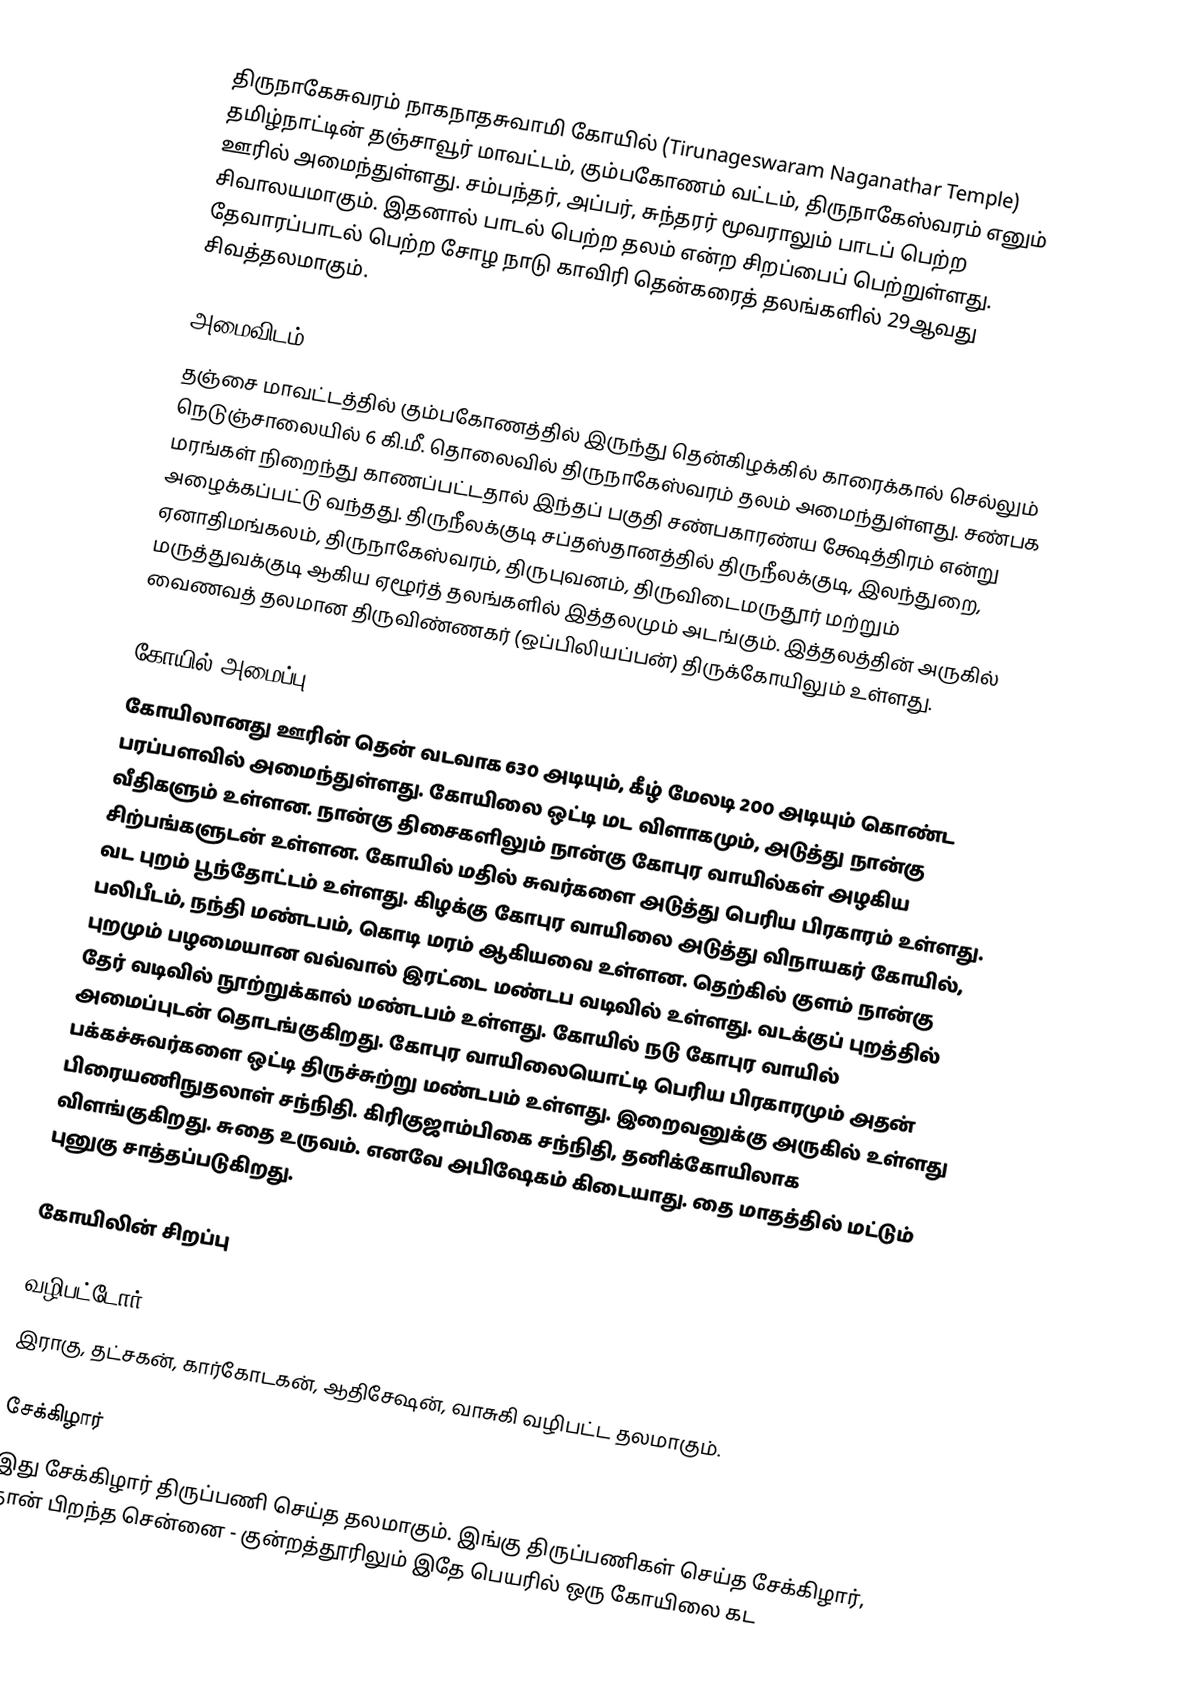
திருநாகேசுவரம் நாகநாதசுவாமி கோயில் (Tirunageswaram Naganathar Temple) தமிழ்நாட்டின் தஞ்சாவூர் மாவட்டம், கும்பகோணம் வட்டம், திருநாகேஸ்வரம் எனும் ஊரில் அமைந்துள்ளது. சம்பந்தர், அப்பர், சுந்தரர் மூவராலும் பாடப் பெற்ற சிவாலயமாகும். இதனால் பாடல் பெற்ற தலம் என்ற சிறப்பைப் பெற்றுள்ளது. தேவாரப்பாடல் பெற்ற சோழ நாடு காவிரி தென்கரைத் தலங்களில் 29ஆவது சிவத்தலமாகும்.

அமைவிடம்
தஞ்சை மாவட்டத்தில் கும்பகோணத்தில் இருந்து தென்கிழக்கில் காரைக்கால் செல்லும் நெடுஞ்சாலையில் 6 கி.மீ. தொலைவில் திருநாகேஸ்வரம் தலம் அமைந்துள்ளது. சண்பக மரங்கள் நிறைந்து காணப்பட்டதால் இந்தப் பகுதி சண்பகாரண்ய க்ஷேத்திரம் என்று அழைக்கப்பட்டு வந்தது. திருநீலக்குடி சப்தஸ்தானத்தில் திருநீலக்குடி, இலந்துறை, ஏனாதிமங்கலம், திருநாகேஸ்வரம்,  திருபுவனம், திருவிடைமருதூர் மற்றும் மருத்துவக்குடி ஆகிய ஏழூர்த் தலங்களில் இத்தலமும் அடங்கும். இத்தலத்தின் அருகில் வைணவத் தலமான திருவிண்ணகர் (ஒப்பிலியப்பன்) திருக்கோயிலும் உள்ளது.

கோயில் அமைப்பு
கோயிலானது ஊரின் தென் வடவாக 630 அடியும், கீழ் மேலடி 200 அடியும் கொண்ட பரப்பளவில் அமைந்துள்ளது. கோயிலை ஒட்டி மட விளாகமும், அடுத்து நான்கு வீதிகளும் உள்ளன. நான்கு திசைகளிலும் நான்கு கோபுர வாயில்கள் அழகிய சிற்பங்களுடன் உள்ளன. கோயில் மதில் சுவர்களை அடுத்து பெரிய பிரகாரம் உள்ளது. வட புறம் பூந்தோட்டம் உள்ளது. கிழக்கு கோபுர வாயிலை அடுத்து விநாயகர் கோயில், பலிபீடம், நந்தி மண்டபம், கொடி மரம் ஆகியவை உள்ளன. தெற்கில் குளம் நான்கு புறமும் பழமையான வவ்வால் இரட்டை மண்டப வடிவில் உள்ளது. வடக்குப் புறத்தில் தேர் வடிவில் நூற்றுக்கால் மண்டபம் உள்ளது. கோயில் நடு கோபுர வாயில் அமைப்புடன் தொடங்குகிறது. கோபுர வாயிலையொட்டி பெரிய பிரகாரமும் அதன் பக்கச்சுவர்களை ஒட்டி திருச்சுற்று மண்டபம் உள்ளது.  இறைவனுக்கு அருகில் உள்ளது பிரையணிநுதலாள் சந்நிதி. கிரிகுஜாம்பிகை சந்நிதி, தனிக்கோயிலாக விளங்குகிறது. சுதை உருவம். எனவே அபிஷேகம் கிடையாது. தை மாதத்தில் மட்டும் புனுகு சாத்தப்படுகிறது.

கோயிலின் சிறப்பு

வழிபட்டோர்
இராகு, தட்சகன், கார்கோடகன், ஆதிசேஷன், வாசுகி வழிபட்ட தலமாகும்.

சேக்கிழார்
இது சேக்கிழார் திருப்பணி செய்த தலமாகும். இங்கு திருப்பணிகள் செய்த சேக்கிழார், தான் பிறந்த சென்னை - குன்றத்தூரிலும் இதே பெயரில் ஒரு கோயிலை கட